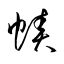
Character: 幘